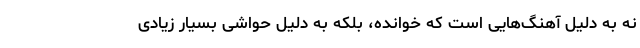
نه به دلیل آهنگ‌هایی است که خوانده، بلکه به دلیل حواشی بسیار زیادی